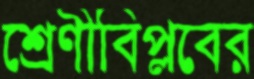
শ্রেণীবিপ্লবের